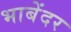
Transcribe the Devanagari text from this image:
भाबेंदर